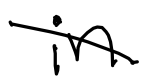
Text: in
Cross-out: diagonal
Writing tool: digital_black